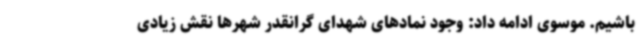
باشیم. موسوی ادامه داد: وجود نمادهای شهدای گرانقدر شهرها نقش زیادی